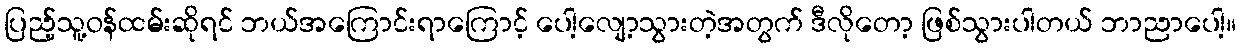
ပြည့်သူ့ဝန်ထမ်းဆိုရင် ဘယ်အကြောင်းရာကြောင့် ပေါ့လျော့သွားတဲ့အတွက် ဒီလိုတော့ ဖြစ်သွားပါတယ် ဘာညာပေါ့။